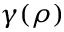
\gamma ( \rho )